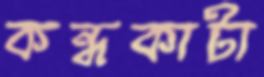
কন্ধকাটা